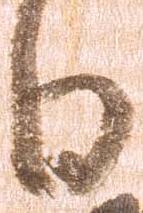
日